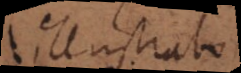
illustrabo